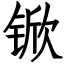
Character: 锨